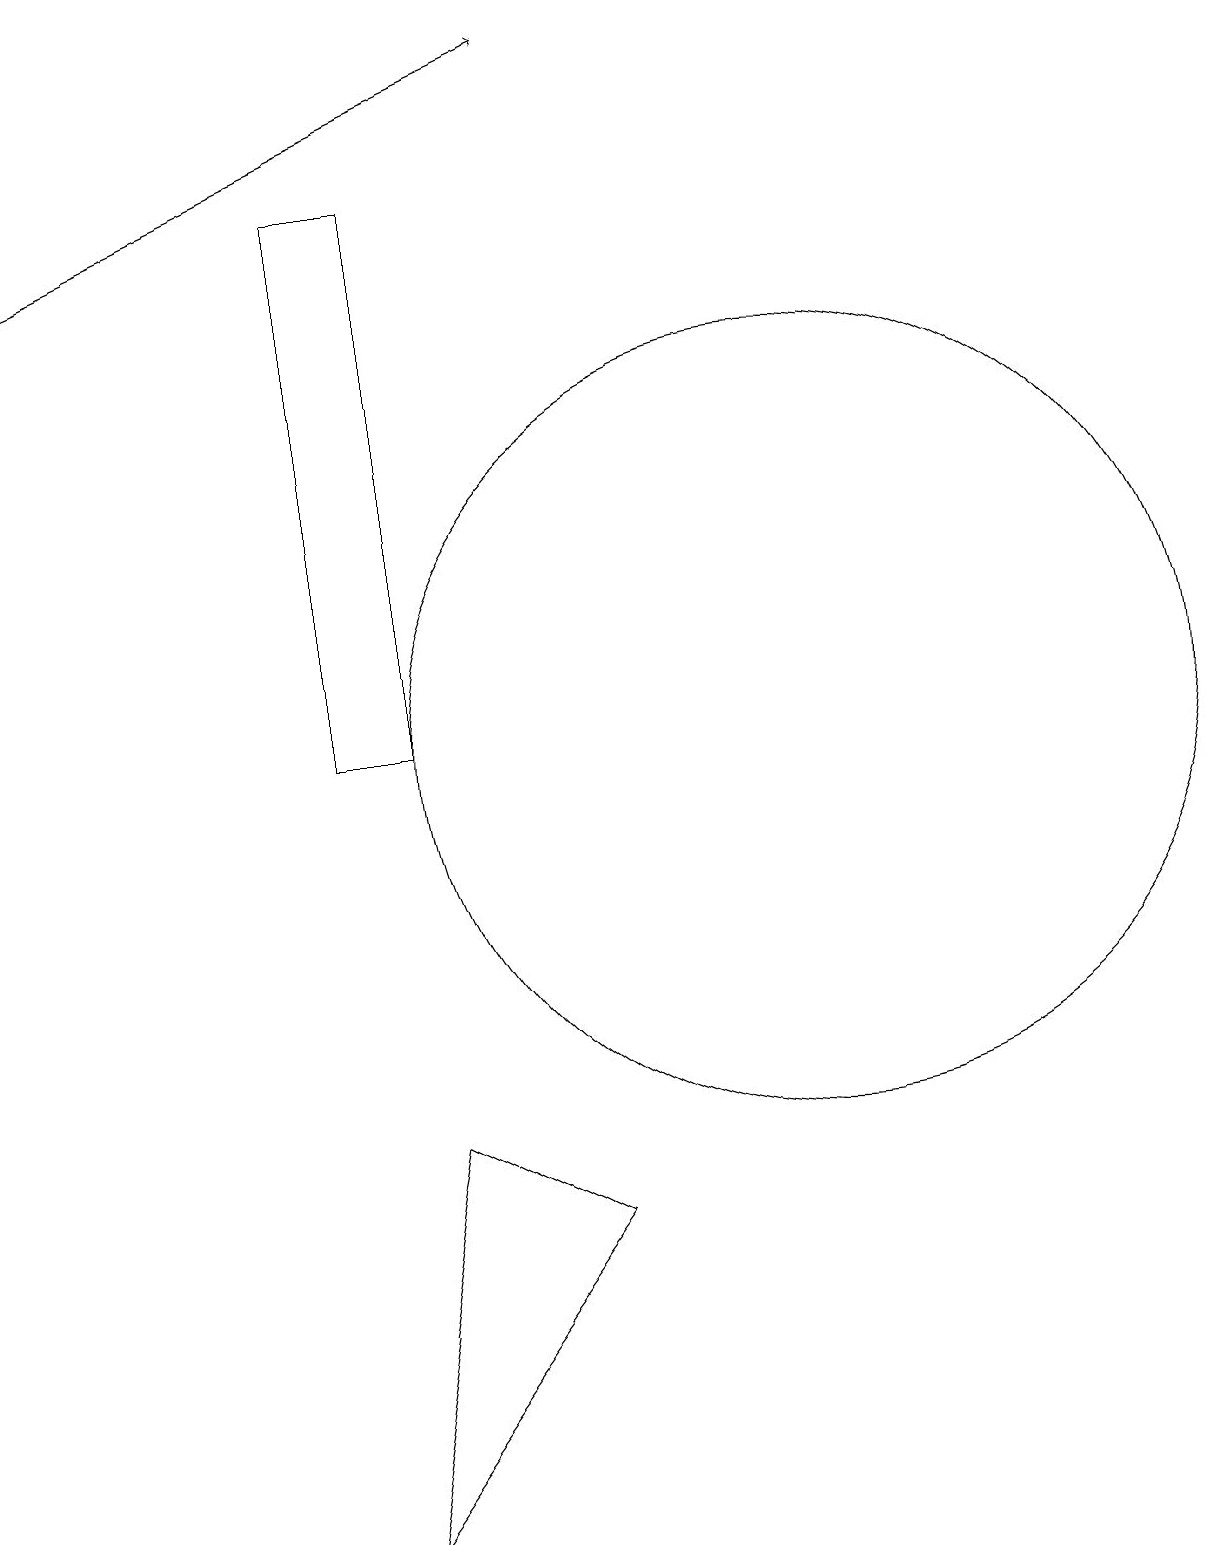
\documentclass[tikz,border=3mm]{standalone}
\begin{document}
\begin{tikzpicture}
\draw (4,0) -- (5,5) -- (7,4) -- cycle;
\draw (5,17) rectangle (4,10);
\draw (10,10) circle (5);
\draw[->] (0,16) -- (7,19);
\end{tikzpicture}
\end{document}